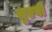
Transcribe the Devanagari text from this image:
सुएवी